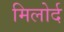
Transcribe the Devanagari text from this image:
मिलोर्द